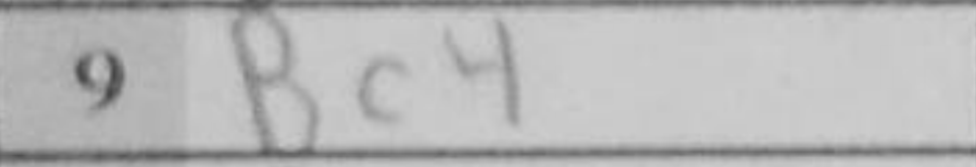
Transcription: Bc4